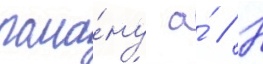
рома́ну а́ // Н